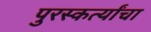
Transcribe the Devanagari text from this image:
पुरस्कर्त्यांचा